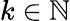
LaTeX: k\in\mathbb N